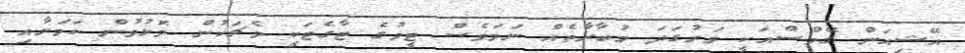
އޭޝިއަން ގޭމްސްއަކީ ވަރުގަދަ މުބާރާތެއް ނަމަވެސް ޓީމުގެ ޓާގެޓަކީ މެޗަކުން މޮޅުވުން ކަމަށާއި